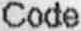
CODE